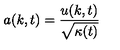
a ( k , t ) = { \frac { u ( k , t ) } { \sqrt { \kappa ( t ) } } }